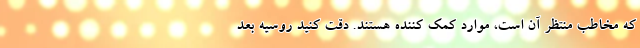
که مخاطب منتظر آن است، مواردِ کمک کننده هستند. دقت کنید روسیه بعد